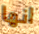
انها